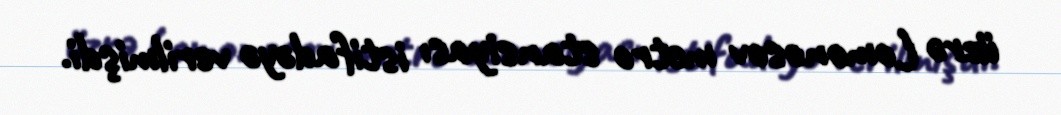
üzrə Lomonosov metro stansiyası istifadəyə verilmişdi.